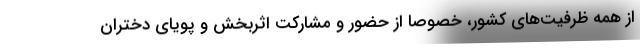
از همه ظرفیت‌های کشور، خصوصاً از حضور و مشارکت اثربخش و پویای دختران